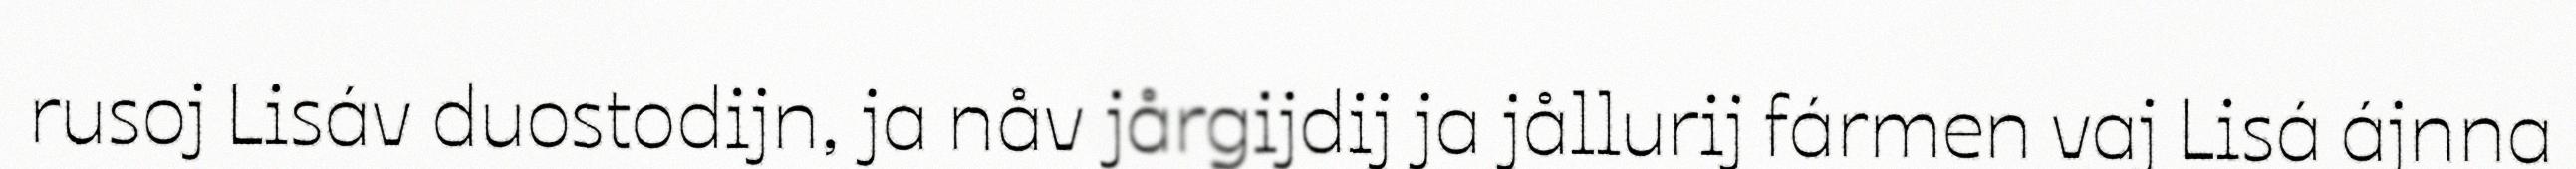
rusoj Lisáv duostodijn, ja nåv jårgijdij ja jållurij fármen vaj Lisá ájnna